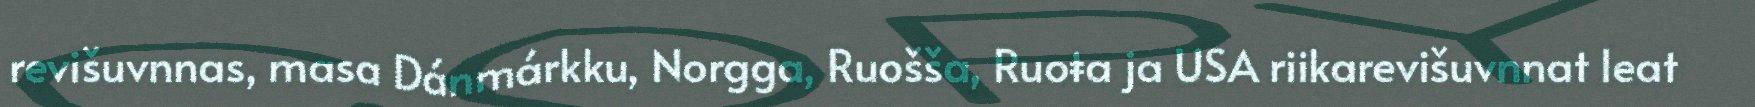
revišuvnnas, masa Dánmárkku, Norgga, Ruošša, Ruoŧa ja USA riikarevišuvnnat leat